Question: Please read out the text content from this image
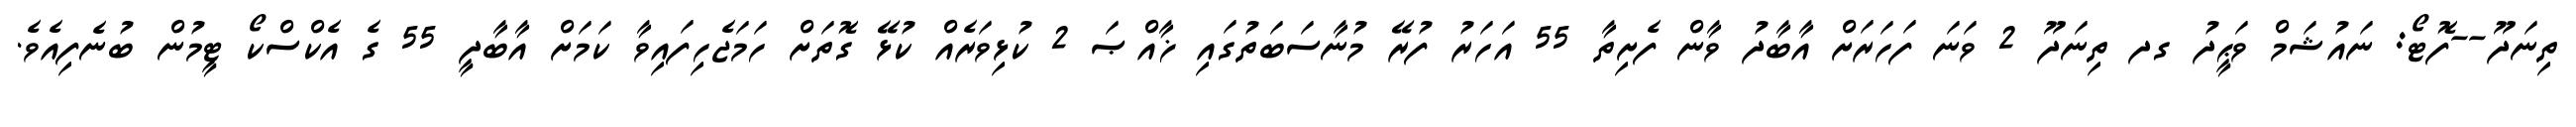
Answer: ތިނަދޫ--ފޮޓޯ: ނައުޝަމް ވަޙީދު ގދ ތިނަދޫ 2 ވަނަ ފަހަރަށް އާބާދު ވާން ފެށިތާ 55 އަހަރު ފުރޭ މުނާސަބަތުގައި ޚާއްޞަ 2 ކުޅިވަރެއް ކުޅޭ ގޮތަށް ހަމަޖެހިފައިވާ ކަމަށް އާބާދީ 55 ގެ އެކްސްކޯ ޓީމުން ބުނެފިއެވެ.